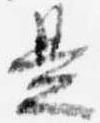
是